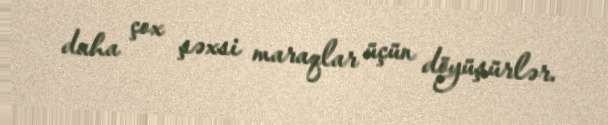
daha çox şəxsi maraqlar üçün döyüşürlər.